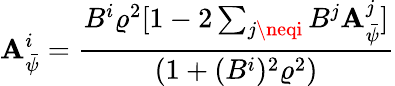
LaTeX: \mathbf{A}_{\bar{{\psi}}}^{i}=\frac{{B^{i}\varrho^{2}[1-2\sum_{j\neqi}B^{j}\mathbf{A}_{\bar{{\psi}}}^{j}]}}{{(1+(B^{i})^{2}\varrho^{2})}}